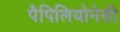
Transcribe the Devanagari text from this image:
पैपिलियोनेसी